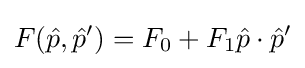
F({\hat {p}},{\hat {p}}')=F_{0}+F_{1}{\hat {p}}\cdot {\hat {p}}'